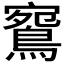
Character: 𪂦